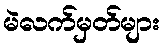
မဲလက်မှတ်များ